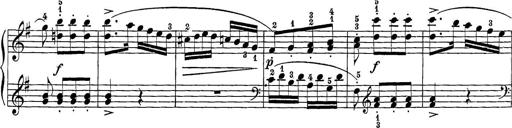
Title: 12 Sonatine per Pianoforte
Composer: Friedrich Kuhlau